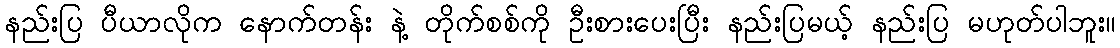
နည်းပြ ပီယာလိုက နောက်တန်း နဲ့ တိုက်စစ်ကို ဦးစားပေးပြီး နည်းပြမယ့် နည်းပြ မဟုတ်ပါဘူး။